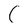
Character: C